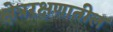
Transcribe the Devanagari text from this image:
क्षेत्ररक्षणातील